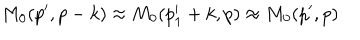
M _ { 0 } ( p ^ { \prime } , p - k ) \approx M _ { 0 } ( p _ { 1 } ^ { \prime } + k , p ) \approx M _ { 0 } ( p ^ { \prime } , p )